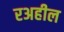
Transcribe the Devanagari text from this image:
रअहील